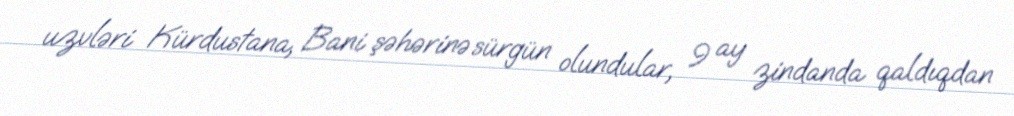
uzvləri Kürdustana, Bani şəhərinə sürgün olundular, 9 ay zindanda qaldıqdan